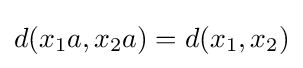
d(x_{1}a,x_{2}a)=d(x_{1},x_{2})